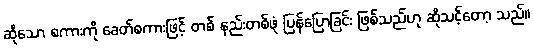
ဆိုသော စကားကို ခေတ်စကားဖြင့် တစ် နည်းတစ်ဖုံ ပြန်ပြောခြင်း ဖြစ်သည်ဟု ဆိုသင့်တော့ သည်။